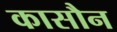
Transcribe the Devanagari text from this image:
कासौन